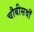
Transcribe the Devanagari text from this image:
चौबीसवाँ